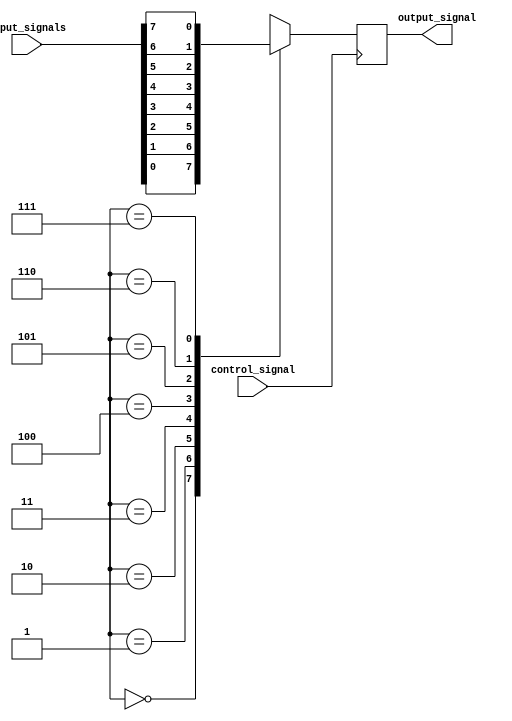
module IOBuffer (
    input wire [7:0] input_signals,
    input wire control_signal,
    output reg output_signal
);

reg [2:0] selection;

always @ (posedge control_signal) begin
    case (selection)
        3'd0: output_signal <= input_signals[0];
        3'd1: output_signal <= input_signals[1];
        3'd2: output_signal <= input_signals[2];
        3'd3: output_signal <= input_signals[3];
        3'd4: output_signal <= input_signals[4];
        3'd5: output_signal <= input_signals[5];
        3'd6: output_signal <= input_signals[6];
        3'd7: output_signal <= input_signals[7];
        default: output_signal <= 0;
    endcase
end

endmodule